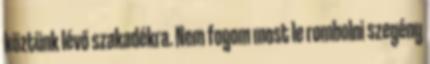
köztünk lévő szakadékra. Nem fogom most le rombolni szegény